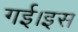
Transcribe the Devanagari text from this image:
गई।इस